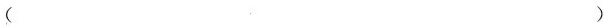
( )